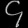
Digit: ၄